Indian journal of veterinary science and animal husbandry - Volumes 15-17, 1948-1951
Year: 1948
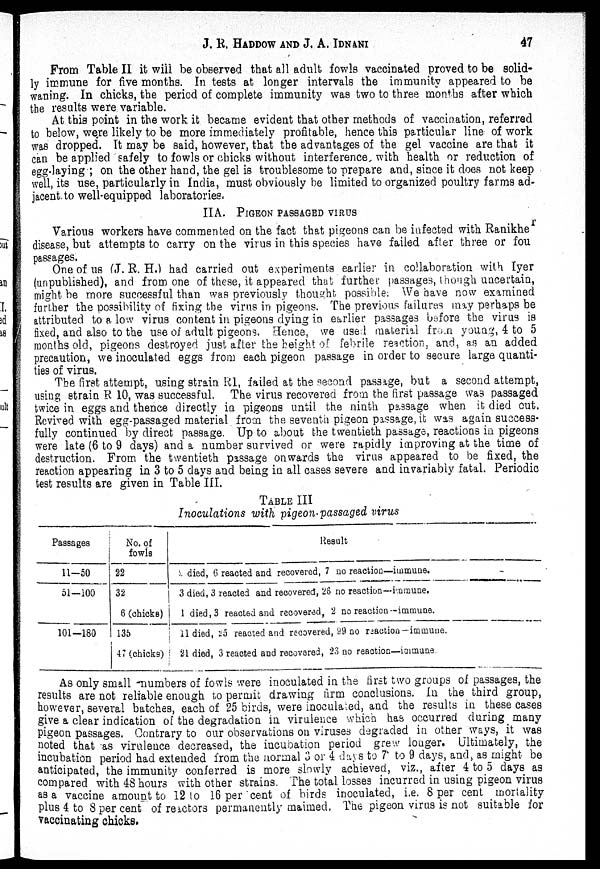
J. R. HADDOW AND J. A.
IDNANI
47
From Table II it will be observed that all adult fowls vaccinated proved to be solid-
ly immune for five months. In tests at longer intervals the immunity appeared to be
waning. In chicks, the period of complete immunity was two to three months after which
the results were variable.
At this point in the work it became evident that other methods of vaccination, referred
to below, were likely to be more immediately profitable, hence this particular line of work
was dropped. It may be said, however, that the advantages of the gel vaccine are that it
can be applied safely to fowls or chicks without interference with health or reduction of
egg-laying ; on the other hand, the gel is troublesome to prepare and, since it does not keep
well, its use, particularly in India, must obviously be limited to organized poultry farms ad-
jacent to well-equipped laboratories.
IIA. PIGEON PASSAGED VIRUS
Various workers have commented on the fact that pigeons can be infected with Ranikher
disease, but attempts to carry on the virus in this species have failed after three or four
passages.
One of us (J. R. H.) had carried out experiments earlier in collaboration with Iyer
(unpublished), and from one of these, it appeared that further passages, though uncertain,
might be more successful than was previously thought possible. We have now examined
further the possibility of fixing the virus in pigeons. The previous failures may perhaps be
attributed to a low virus content in pigeons dying in earlier passages before the virus is
fixed, and also to the use of adult pigeons. Hence, we used material from young, 4 to 5
months old, pigeons destroyed just after the height of febrile reaction, and, as an added
precaution, we inoculated eggs from each pigeon passage in order to secure large quanti-
ties of virus.
The first attempt, using strain R1, failed at the second passage, but a second attempt,
using strain R 10, was successful. The virus recovered from the first passage was passaged
twice in eggs and thence directly in pigeons until the ninth passage when it died out.
Revived with egg-passaged material from the seventh pigeon passage, it was again success-
fully continued by direct passage. Up to about the twentieth passage, reactions in pigeons
were late (6 to 9 days) and a number survived or were rapidly improving at the time of
destruction. From the twentieth passage onwards the virus appeared to be fixed, the
reaction appearing in 3 to 5 days and being in all cases severe and invariably fatal. Periodic
test results are given in Table III.
TABLE III
Inoculations with pigeon passaged virus
Passages
11—50
51—100
101-180
No. of
fowls
22
32
6 (chicks)
135
47 (chicks)
Result
died, 6 reacted and recovered, 7 no reaction—immune.
3 died, 3 reacted and recovered, 26 no reaction—immune.
1 died , 3 reacted and recovered, 2 no reaction-immune.
11 died, 25 reacted and recovered, 99 no reaction-immune.
21 died, 3 reacted and recovered, 23 no reaction—immune.
As only small numbers of fowls were inoculated in the first two groups of passages, the
results are not reliable enough to permit drawing firm conclusions. In the third group,
however, several batches, each of 25 birds, were inoculated, and the results in these cases
give a clear indication of the degradation in virulence which has occurred during many
pigeon passages. Contrary to our observations on viruses degraded in other ways, it was
noted that as virulence decreased, the incubation period grew longer. Ultimately, the
incubation period had extended from the normal 3 or 4 days to 7 to 9 days, and, as might be
anticipated, the immunity conferred is more slowly achieved, viz., after 4 to 5 days as
compared with 48 hours with other strains. The total losses incurred in using pigeon virus
as a vaccine amount to 12 to 16 per cent of birds inoculated, i.e. 8 per cent mortality
plus 4 to 8 per cent of reactors permanently maimed. The pigeon virus is not suitable for
vaccinating chicks.